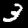
Label: 3